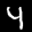
Label: 4